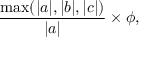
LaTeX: { \frac { \operatorname* { m a x } ( | a | , | b | , | c | ) } { | a | } } \times \phi ,